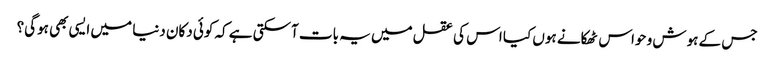
جس کے ہوش و حواس ٹھکانے ہوں کیا اس کی عقل میں یہ بات آسکتی ہے کہ کوئی دکان دنیا میں ایسی بھی ہوگی؟